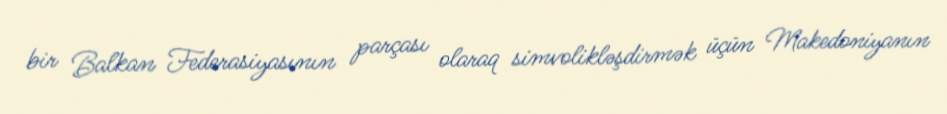
bir Balkan Federasiyasının parçası olaraq simvolikləşdirmək üçün Makedoniyanın